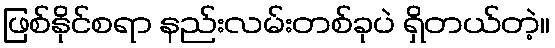
ဖြစ်နိုင်စရာ နည်းလမ်းတစ်ခုပဲ ရှိတယ်တဲ့။